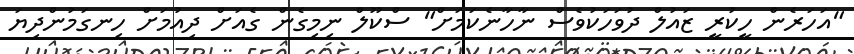
"އަހަރެން ހީކުރީ ޒައުލް ދުވަހަކުވެސް ނާހާނެކަމަށް" ސްކޫލް ނިމިގެން ގެއަށް ދިއުމަށް ހިނގަމުންދިޔަ